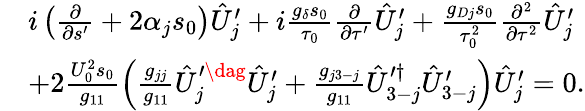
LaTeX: \begin{array}{rl}&{i\left(\frac{\partial}{\partial s^{\prime}}+2\alpha_{j}s_{0}\right)\hat{U}_{j}^{\prime}+i\frac{g_{\delta}s_{0}}{\tau_{0}}\frac{\partial}{\partial\tau^{\prime}}\hat{U}_{j}^{\prime}+\frac{g_{Dj}s_{0}}{\tau_{0}^{2}}\frac{\partial^{2}}{\partial\tau^{2}}\hat{U}_{j}^{\prime}}\\ &{+2\frac{U_{0}^{2}s_{0}}{g_{11}}\left(\frac{g_{jj}}{g_{11}}\hat{U}_{j}^{\prime\dag}\hat{U}_{j}^{\prime}+\frac{g_{j3-j}}{g_{11}}\hat{U}_{3-j}^{\prime\dagger}\hat{U}_{3-j}^{\prime}\right)\hat{U}_{j}^{\prime}=0.}\end{array}